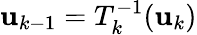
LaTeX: {\mathbf u}_{k-1}=T_{k}^{-1}({\mathbf u}_{k})